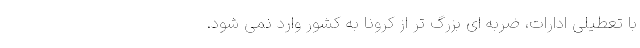
با تعطیلی ادارات، ضربه ای بزرگ تر از کرونا به کشور وارد نمی شود.